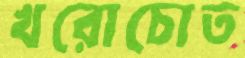
খরোচোত